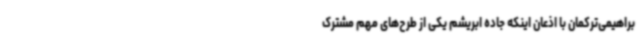
براهیمی‌ترکمان با اذعان اینکه جاده ابریشم یکی از طرح‌های مهم مشترک